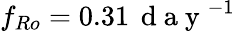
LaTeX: f_{Ro}=0.31\, \mathrm{~d~a~y~}^{-1}